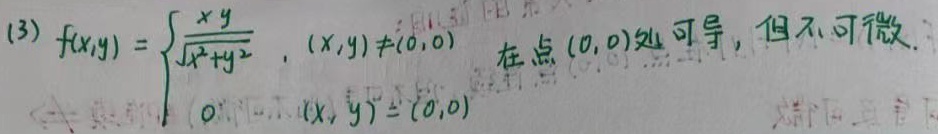
(3) $f(x,y)=\begin{cases}\frac{xy}{\sqrt{x^{2}+y^{2}}},&(x,y)\neq(0,0)\\0,&(x,y)=(0,0)\end{cases}$ 在点 $(0,0)$ 处可导，但不可微.